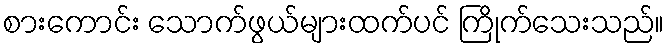
စားကောင်း သောက်ဖွယ်များထက်ပင် ကြိုက်သေးသည်။